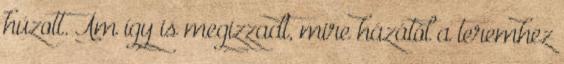
húzott. Ám így is megizzadt, mire házától a teremhez